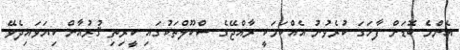
އެންމެ ބޮޑަށް ފާހަގަ ކުރެވުނު އެއްކަމަކީ ރާއްޖޭގެ ސްކޫލްތަކުގައި ކީރިތި ޤުރުއާން ކިޔަވައިދެވޭ